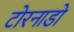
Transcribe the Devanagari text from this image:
टोरनाडो